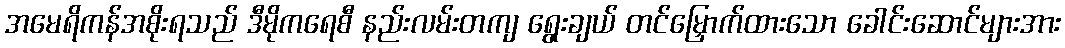
အမေရိကန်အစိုးရသည် ဒီမိုကရေစီ နည်းလမ်းတကျ ရွေးချယ် တင်မြှောက်ထားသော ခေါင်းဆောင်များအား